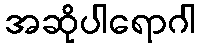
အဆိုပါရောဂါ